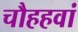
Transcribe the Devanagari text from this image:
चौहहवां